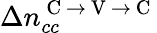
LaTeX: \Delta n_{cc}^{\mathrm{~C~}\rightarrow\mathrm{~V~}\rightarrow\mathrm{~C~}}